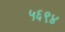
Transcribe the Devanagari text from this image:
५६९४